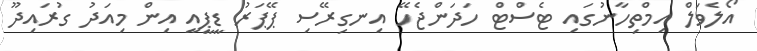
އޯލެވަލް އިމްތިހާނުގައި ޓެސްޓް ހަދަންޖެހޭ އިނގިރޭސި ޕޭޕަރު ޑީޕީއީ އިން މިއަދު ގުރައިދޫ